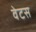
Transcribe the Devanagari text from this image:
वेटस